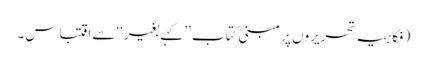
(فکاہیہ تحریروں پر مبنی کتاب ’’کہے بغیر‘‘ سے اقتباس۔